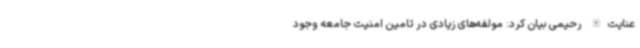
عنایت‌الله رحیمی بیان کرد: مولفه‌های زیادی در تامین امنیت جامعه وجود